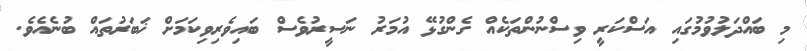
މި ބައްދަލުވުމުގައި އަސްކަރީ ވިސްނުންތަކެއް ގެންގުޅޭ އުމަރު ނަސީރުވެސް ބައިވެރިވިކަމަށް ޚަބަރުތައް ބުނެއެވެ.